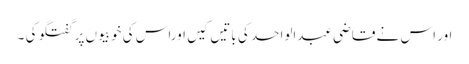
اور اس نے قاضی عبدالواحد کی باتیں کیں اوراس کی خوبیوں پر گفتگو کی ۔